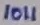
Text: 1011